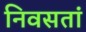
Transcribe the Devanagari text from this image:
निवसतां